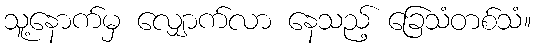
သူ့နောက်မှ လျှောက်လာ နေသည့် ခြေသံတစ်သံ။